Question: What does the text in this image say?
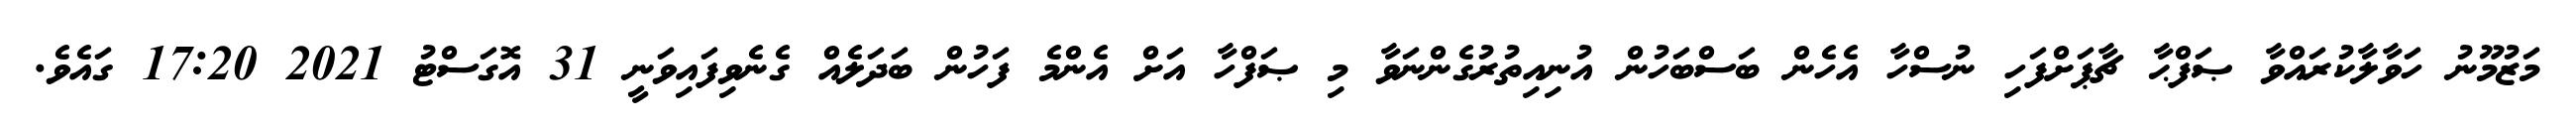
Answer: މަޒުމޫނު ހަވާލާކުރައްވާ ޞަފްޙާ ޗާޕަށްފަހި ނުސްހާ އެހެން ބަސްބަހުން އުނިއިތުރުގެންނަވާ މި ޞަފްހާ އަށް އެންމެ ފަހުން ބަދަލެއް ގެނެވިފައިވަނީ 31 އޮގަސްޓު 2021 17:20 ގައެވެ.